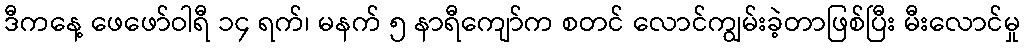
ဒီကနေ့ ဖေဖော်ဝါရီ ၁၄ ရက်၊ မနက် ၅ နာရီကျော်က စတင် လောင်ကျွမ်းခဲ့တာဖြစ်ပြီး မီးလောင်မှု